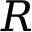
R